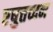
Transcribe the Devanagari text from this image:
एषुत्तच्दन